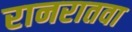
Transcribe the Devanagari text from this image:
रानरातवा